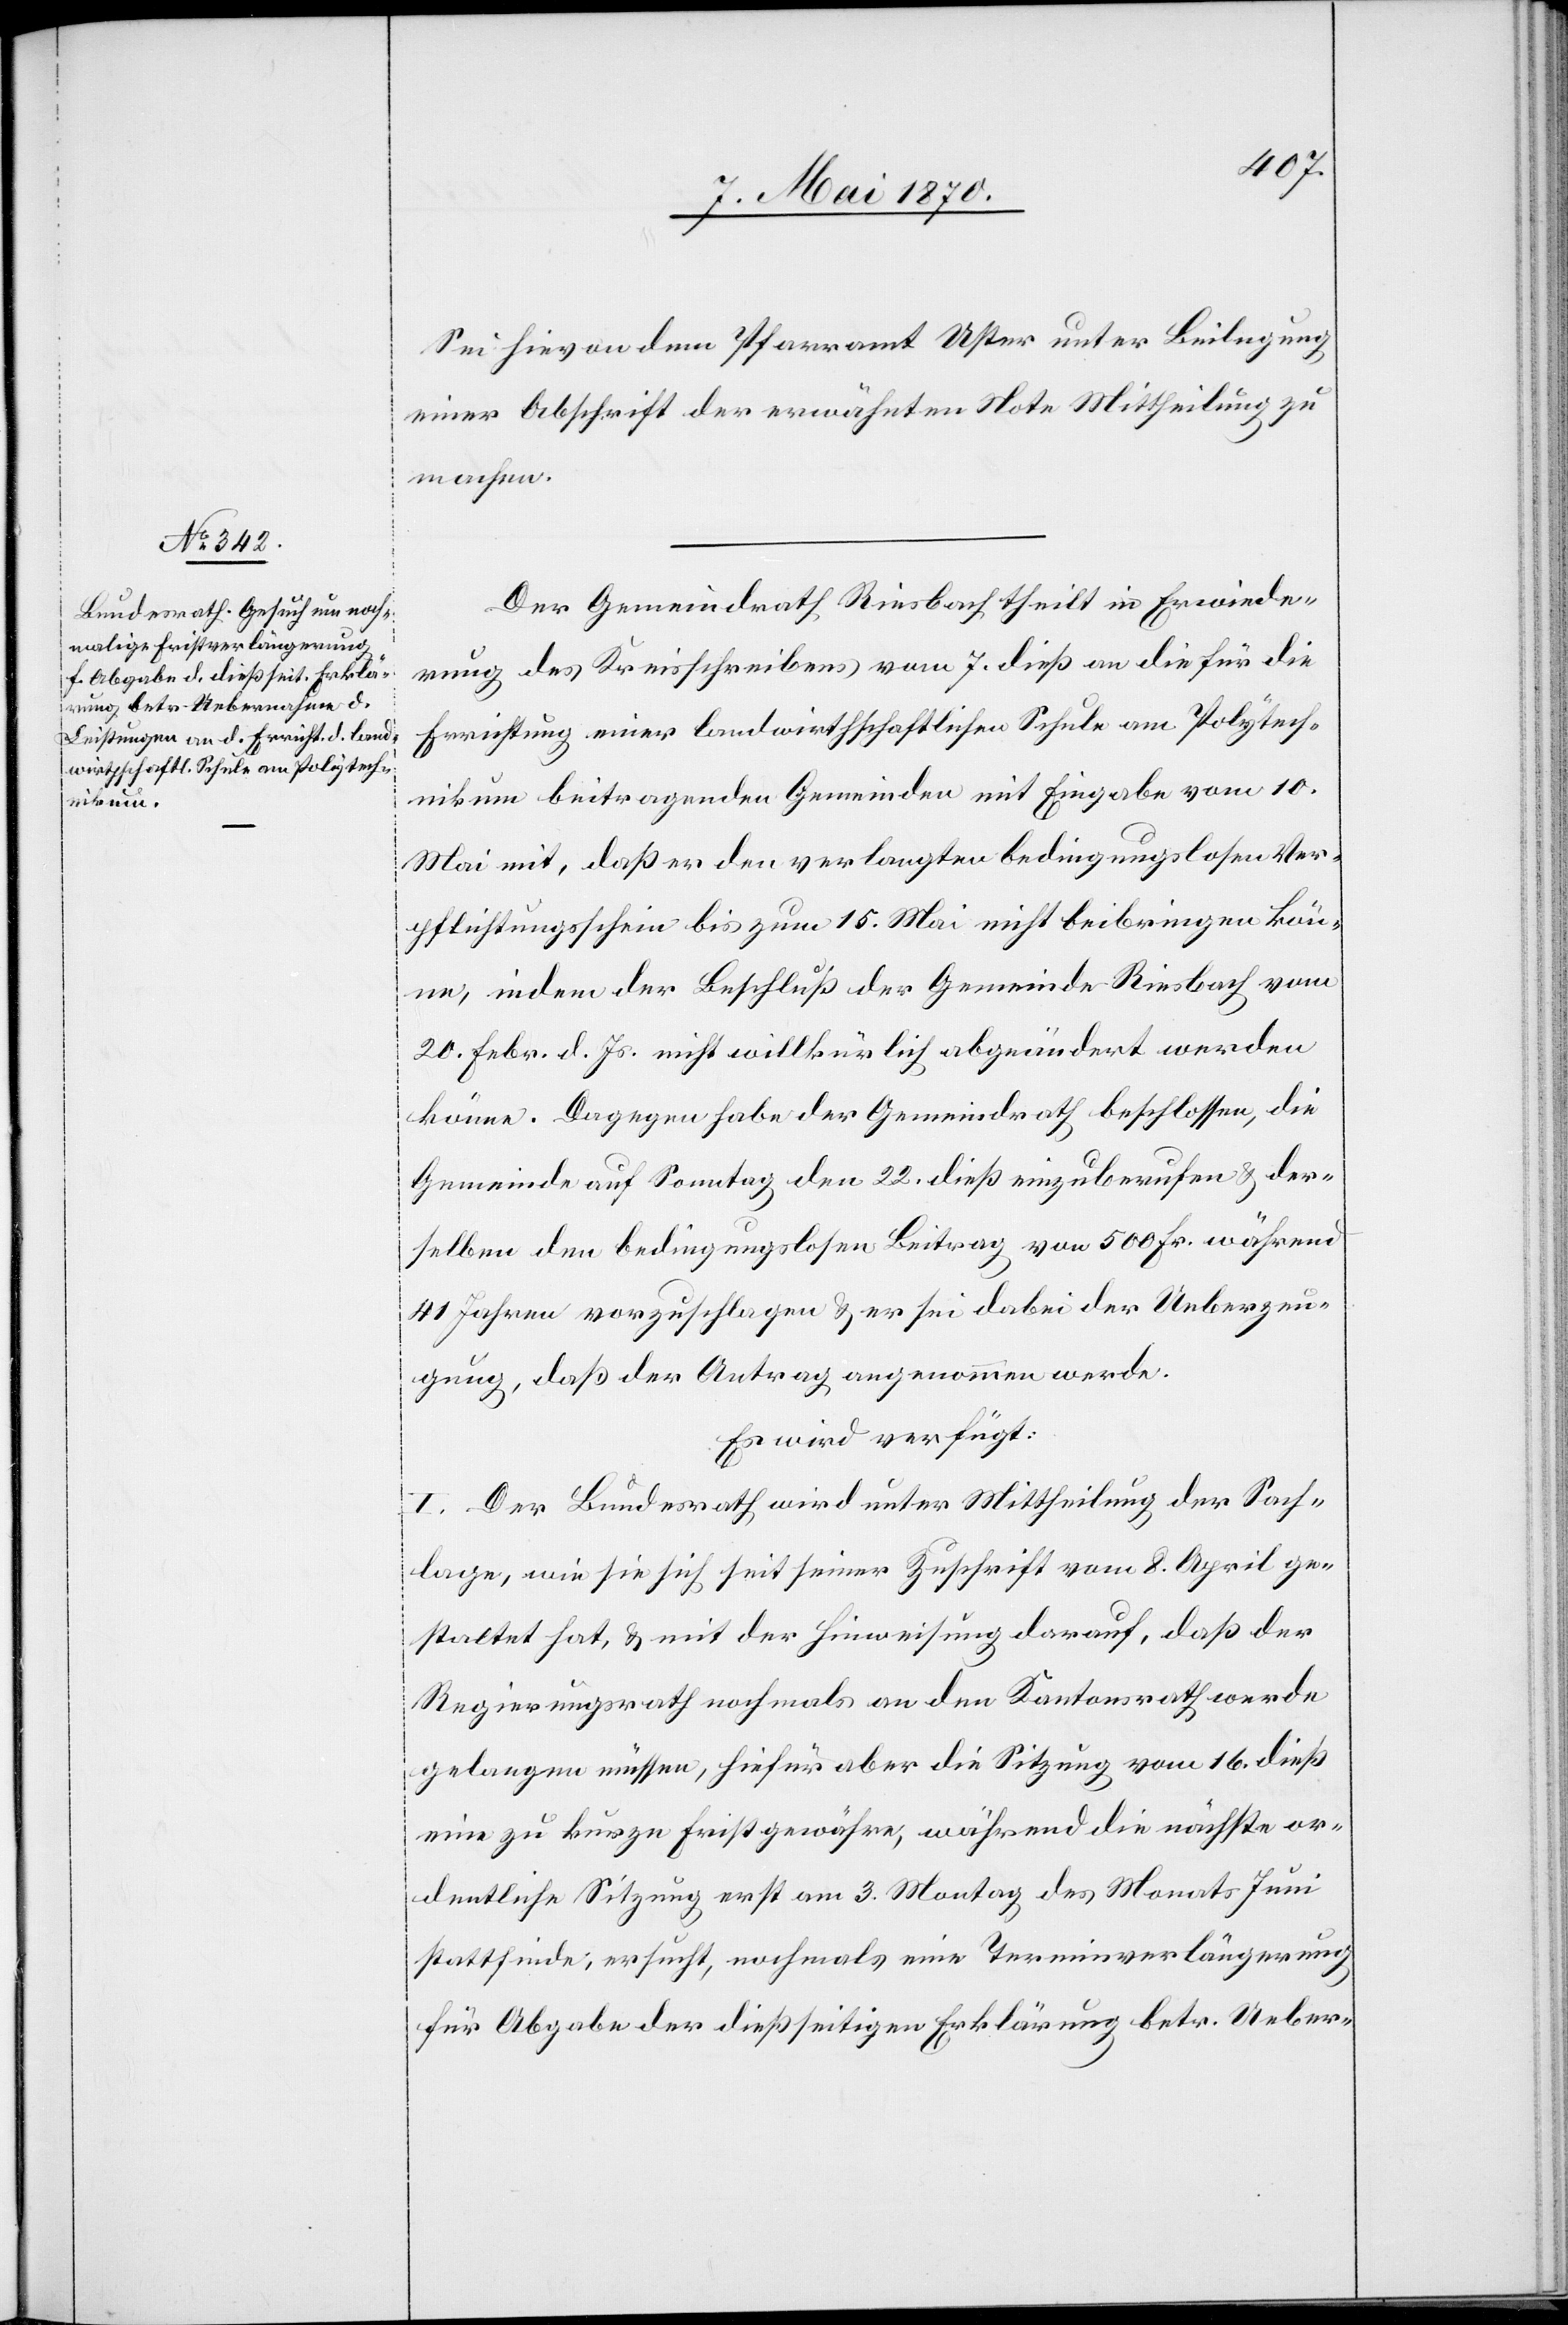
12. Mai 1870.]
Sei hievon dem Pfarramt Uster unter Beilegung
einer Abschrift der erwähnten Note Mittheilung zu
machen.
Der Gemeindrath Riesbach theilt in Erwiede¬
rung des Kreisschreibens vom 7. dieß an die für die
Errichtung einer landwirthschaftlichen Schule am Polytech¬
nikum beitragenden Gemeinden mit Eingabe vom 10.
Mai mit, daß er den verlangten bedingungslosen Ver¬
pflichtungsschein bis zum 15. Mai nicht beibringen kön¬
ne, indem der Beschluß der Gemeinde Riesbach vom
20. Febr. d. Js. nicht willkürlich abgeändert werden
könne. Dagegen habe der Gemeindrath beschlossen, die
Gemeinde auf Sonntag den 22. dieß einzuberufen & der¬
selben den bedingungslosen Beitrag von 500 Fr. während
41 Jahren vorzuschlagen & er sei dabei der Ueberzeu¬
gung, daß der Antrag angenommen werde.
Es wird verfügt:
I. Der Bundesrath wird unter Mittheilung der Sach¬
lage, wie sie sich seit seiner Zuschrift vom 8. April ge¬
staltet hat, & mit der Hinweisung darauf, daß der
Regierungsrath nochmals an den Kantonsrath werde
gelangen müssen, hiefür aber die Sitzung vom 16. dieß
eine zu kurze Frist gewähre, während die nächste or¬
dentliche Sitzung erst am 3. Montag des Monats Juni
stattfinde, ersucht, nochmals eine Terminverlängerung
für Abgabe der dießseitigen Erklärung betr. Ueber-